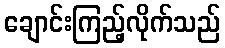
ချောင်းကြည့်လိုက်သည်